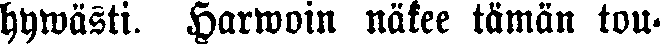
hywästi. Harwoin näkee tämän tou-